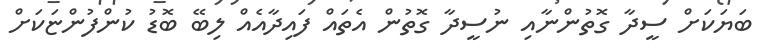
ބަޔަކަށް ސީދާ ގޮތުންނާއި ނުސީދާ ގޮތުން އެތައް ފައިދާއެއް ލިބޭ ބޮޑު ކުންފުންޏަކަށް